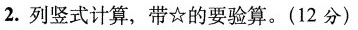
2.列竖式计算，带☆的要验算。(12分)